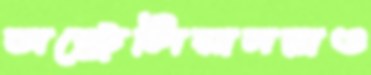
অস্ট্রেলিয়ানরাও